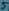
Text: 5